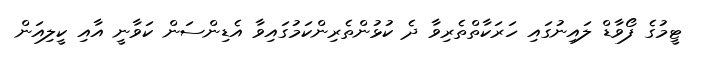
ޓީމުގެ ފޯވާޑް ލައިނުގައި ހަރަކާތްތެރިވާ ދެ ކުޅުންތެރިންކަމުގައިވާ އެޑިންސަން ކަވާނީ އާއި ކީލިއަން